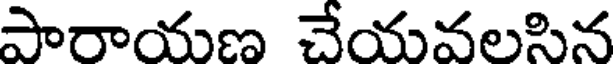
పారాయణ చేయవలసిన